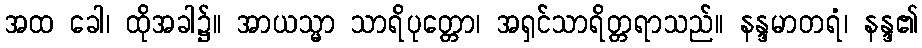
အထ ခေါ၊ ထိုအခါ၌။ အာယသ္မာ သာရိပုတ္တော၊ အရှင်သာရိတ္တရာသည်။ နန္ဒမာတရံ၊ နန္ဒ၏